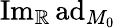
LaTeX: \mathrm{Im}_{\mathbb{R}}\, \mathrm{ad}_{M_{0}}